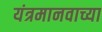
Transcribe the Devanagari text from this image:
यंत्रमानवाच्या